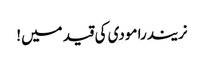
نریندرا مودی کی قید میں!